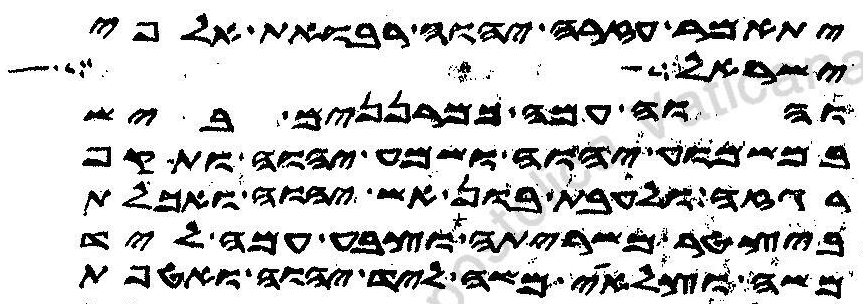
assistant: יתאמר עזרה יהוה רבואת אלפי
ישראל ושלח
והוה עמה כמרננים ביש
במשמוע יהוה ושמע יהוה ותקף
רגזה ולעבת בון אש יהוה ואכלת
ביצטר משריתה וצבע עמה ליד
משה וצלאי משה ליד יהוה ואטפת